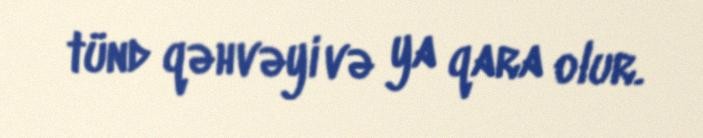
tünd qəhvəyi və ya qara olur.